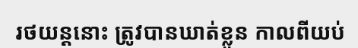
រថយន្តនោះ ត្រូវបានឃាត់ខ្លួន កាលពីយប់